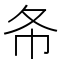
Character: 𢁙